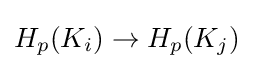
H_{p}(K_{i})\to H_{p}(K_{j})